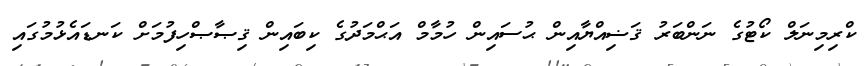
ކްރިމިނަލް ކޯޓުގެ ނަންބަރު ޤަޟިއްޔާއިން ޙުސައިން ހުމާމް އަޙްމަދުގެ ކިބައިން ޤިޞާޞްހިފުމަށް ކަނޑައެޅުމުގައި